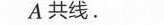
A共线.